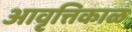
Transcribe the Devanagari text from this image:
आवृत्तिकाळ